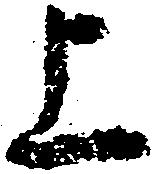
上